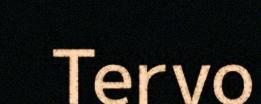
Tervo